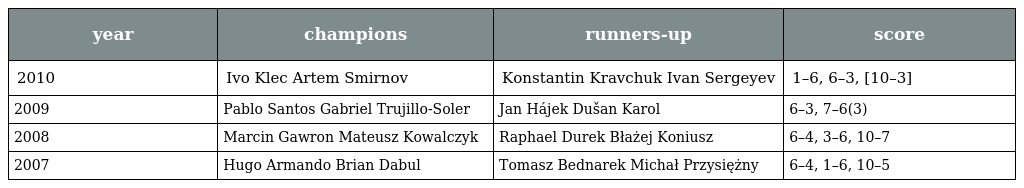
| year | champions | runners-up | score |
 | --- | --- | --- | --- |
 | 2010 | Ivo Klec Artem Smirnov | Konstantin Kravchuk Ivan Sergeyev | 1–6, 6–3, [10–3] |
 | 2009 | Pablo Santos Gabriel Trujillo-Soler | Jan Hájek Dušan Karol | 6–3, 7–6(3) |
 | 2008 | Marcin Gawron Mateusz Kowalczyk | Raphael Durek Błażej Koniusz | 6–4, 3–6, 10–7 |
 | 2007 | Hugo Armando Brian Dabul | Tomasz Bednarek Michał Przysiężny | 6–4, 1–6, 10–5 |